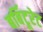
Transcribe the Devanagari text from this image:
बर्बिटूरेट